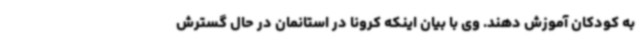
به کودکان آموزش دهند. وی با بیان اینکه کرونا در استانمان در حال گسترش